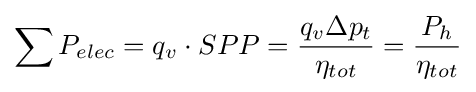
{\sum P_{elec}}={q_{v}\cdot SPP}={q_{v}\Delta p_{t} \over \eta _{tot}}={P_{h} \over \eta _{tot}}